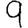
Digit: 9